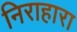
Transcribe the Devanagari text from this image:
निराहारा